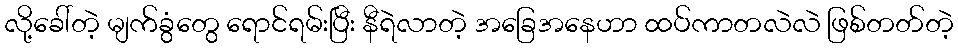
လို့ခေါ်တဲ့ မျက်ခွံတွေ ရောင်ရမ်းပြီး နီရဲလာတဲ့ အခြေအနေဟာ ထပ်ကာတလဲလဲ ဖြစ်တတ်တဲ့